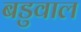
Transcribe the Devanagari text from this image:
बडुवाल